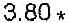
3.80 *